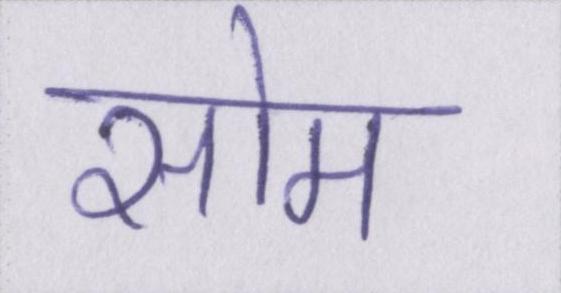
सोम